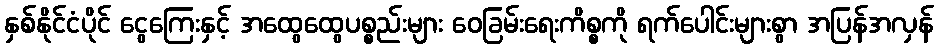
နှစ်နိုင်ငံပိုင် ငွေကြေးနှင့် အထွေထွေပစ္စည်းများ ဝေခြမ်းရေးကိစ္စကို ရက်ပေါင်းများစွာ အပြန်အလှန်